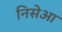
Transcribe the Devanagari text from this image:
निसेआ